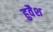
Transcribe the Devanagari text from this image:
हुवैश